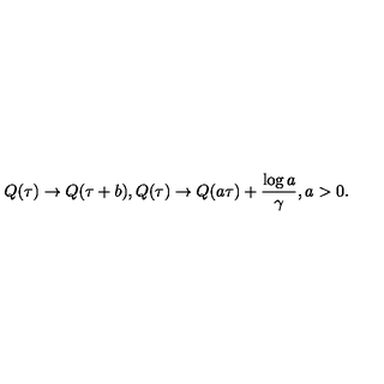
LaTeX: Q ( \tau ) \rightarrow Q ( \tau + b ) , Q ( \tau ) \rightarrow Q ( a \tau ) + \frac { \log a } { \gamma } , a > 0 .